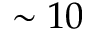
\sim 1 0